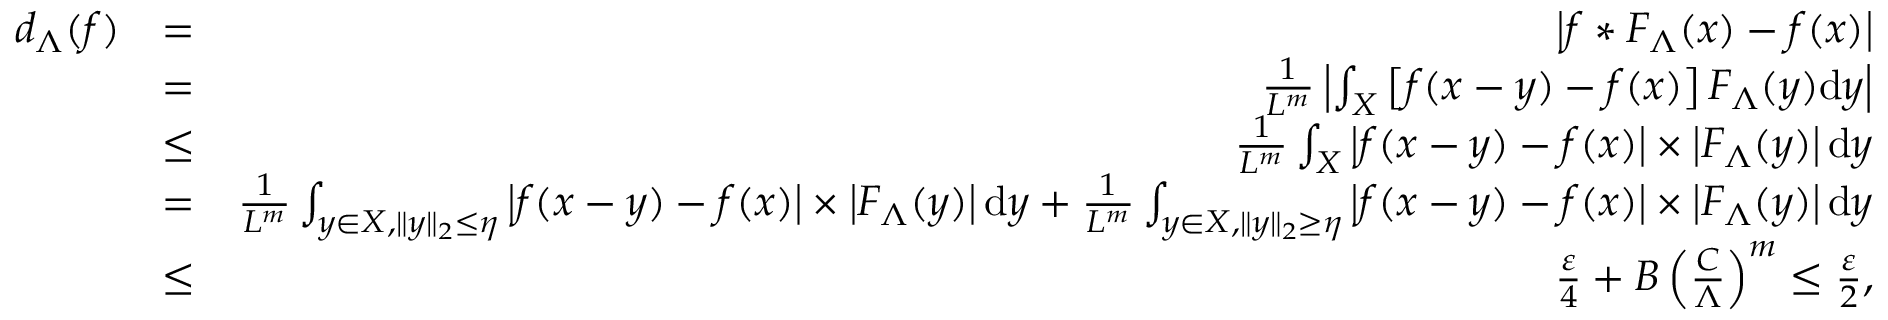
\begin{array} { r l r } { d _ { \Lambda } ( f ) } & { = } & { \left| f * F _ { \Lambda } ( x ) - f ( x ) \right| } \\ & { = } & { \frac { 1 } { L ^ { m } } \left| \int _ { { \cal { X } } } \left[ f ( x - y ) - f ( x ) \right] F _ { \Lambda } ( y ) \mathrm { d } y \right| } \\ & { \le } & { \frac { 1 } { L ^ { m } } \int _ { { \cal { X } } } \left| f ( x - y ) - f ( x ) \right| \times \left| F _ { \Lambda } ( y ) \right| \mathrm { d } y } \\ & { = } & { \frac { 1 } { L ^ { m } } \int _ { { y \in \cal { X } } , \| y \| _ { 2 } \le \eta } \left| f ( x - y ) - f ( x ) \right| \times \left| F _ { \Lambda } ( y ) \right| \mathrm { d } y + \frac { 1 } { L ^ { m } } \int _ { { y \in \cal { X } } , \| y \| _ { 2 } \ge \eta } \left| f ( x - y ) - f ( x ) \right| \times \left| F _ { \Lambda } ( y ) \right| \mathrm { d } y } \\ & { \le } & { \frac { \varepsilon } { 4 } + B \left( \frac { C } { \Lambda } \right) ^ { m } \le \frac { \varepsilon } { 2 } , } \end{array}